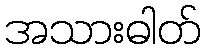
အသားဓါတ်